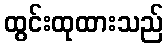
ထွင်းထုထားသည်